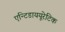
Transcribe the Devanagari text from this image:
एन्टिडाययूरेटिक